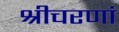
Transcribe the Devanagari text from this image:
श्रीचरणां